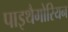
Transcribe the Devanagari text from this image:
पाइथैगोरियन